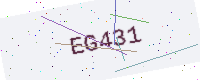
Text: EG431